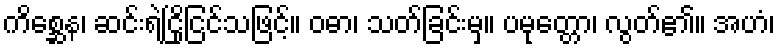
ကိစ္ဆေန၊ ဆင်းရဲငြိုငြင်သဖြင့်။ ဝဓာ၊ သတ်ခြင်းမှ။ ပမုတ္တော၊ လွတ်၏။ အဟံ၊